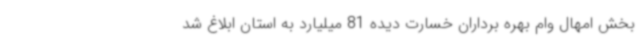
بخش امهال وام بهره برداران خسارت دیده 81 میلیارد به استان ابلاغ شد